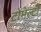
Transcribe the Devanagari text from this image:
टोमेल्टी